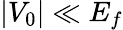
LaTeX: |V_{0}|\ll E_{f}